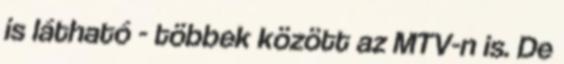
is látható - többek között az MTV-n is. De